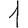
Digit: 1